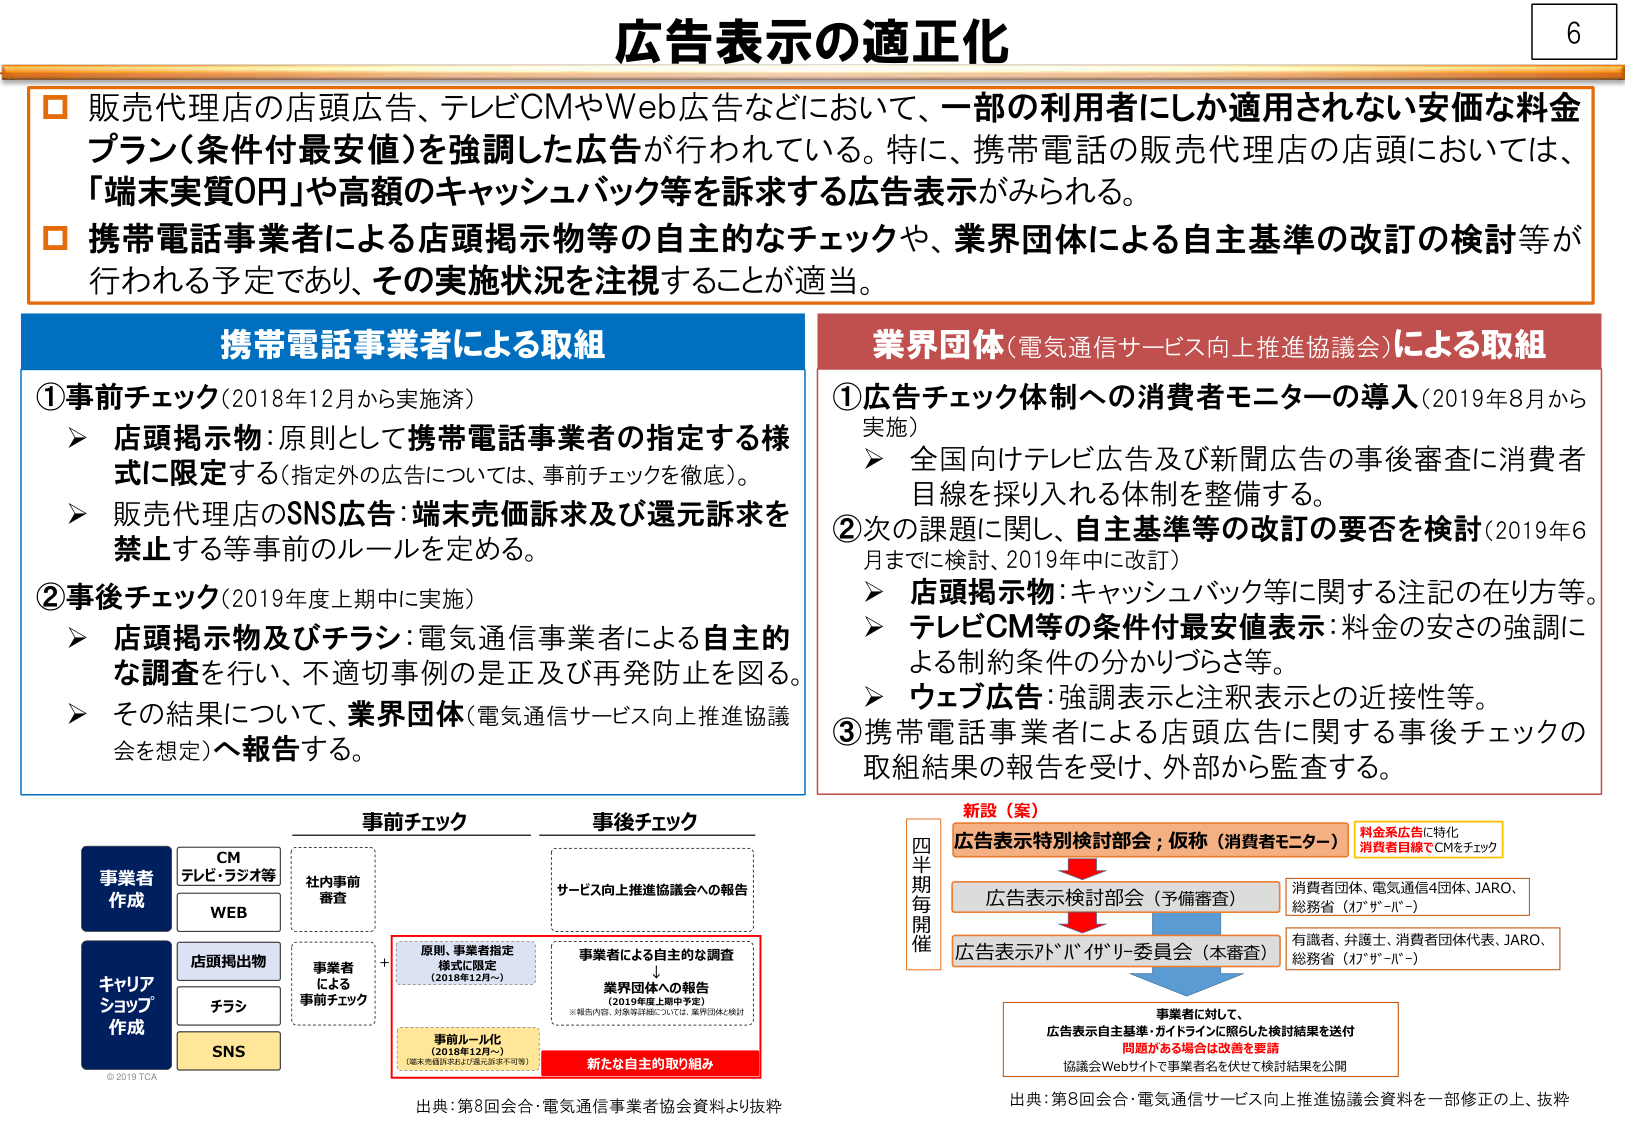
広告表示の適正化

□ 販売代理店の店頭広告、テレビCMやWeb広告などにおいて、一部の利用者にしか適用されない安価な料金プラン（条件付最安値）を強調した広告が行われている。特に、携帯電話の販売代理店の店頭においては、「端末実質0円」や高額のキャッシュバック等を訴求する広告表示がみられる。

□ 携帯電話事業者による店頭掲示物等の自主的なチェックや、業界団体による自主基準の改訂の検討等が行われる予定であり、その実施状況を注視することが適当。

携帯電話事業者による取組

①事前チェック（2018年12月から実施済）
➤ 店頭掲示物：原則として携帯電話事業者の指定する様式に限定する（指定外の広告については、事前チェックを徹底）。
➤ 販売代理店のSNS広告：端末売価訴求及び還元訴求を禁止する等事前のルールを定める。

②事後チェック（2019年度上期中に実施）
➤ 店頭掲示物及びチラシ：電気通信事業者による自主的な調査を行い、不適切事例の是正及び再発防止を図る。
➤ その結果について、業界団体（電気通信サービス向上推進協議会を想定）へ報告する。

業界団体（電気通信サービス向上推進協議会）による取組

①広告チェック体制への消費者モニターの導入（2019年8月から実施）
➤ 全国向けテレビ広告及び新聞広告の事後審査に消費者目線を採り入れる体制を整備する。

②次の課題に関し、自主基準等の改訂の要否を検討（2019年6月までに検討、2019年中に改訂）
➤ 店頭掲示物：キャッシュバック等に関する注記の在り方等。
➤ テレビCM等の条件付最安値表示：料金の安さの強調による制約条件の分かりづらさ等。
➤ ウェブ広告：強調表示と注釈表示との近接性等。

③携帯電話事業者による店頭広告に関する事後チェックの取組結果の報告を受け、外部から監査する。

事前チェック 事後チェック

事業者作成
CM
テレビ・ラジオ等
WEB

キャリアショップ作成
店頭掲出物
チラシ
SNS

社内事前審査

原則、事業者指定様式に限定（2018年12月～）

事業者による自主的な調査
業界団体への報告（2019年度上期中予定）
※報告内容、対象等詳細については、業界団体と検討

事前ルール化（2018年12月～）
（端末売価訴求及び還元訴求不可等）

新たな自主的取り組み

サービス向上推進協議会への報告

新設（案）

四半期毎開催

広告表示特別検討部会；仮称（消費者モニター）
料金系広告に特化
消費者目線でCMをチェック

広告表示検討部会（予備審査）
消費者団体、電気通信4団体、JARO、総務省（ｵﾌﾞｻﾞｰﾊﾞｰ）

広告表示ｱﾄﾞﾊﾞｲｻﾞﾘｰ委員会（本審査）
有識者、弁護士、消費者団体代表、JARO、総務省（ｵﾌﾞｻﾞｰﾊﾞｰ）

事業者に対して、
広告表示自主基準・ガイドラインに照らした検討結果を送付
問題がある場合は改善を要請
協議会Webサイトで事業者名を伏せて検討結果を公開

出典：第8回会合・電気通信事業者協会資料より抜粋

出典：第8回会合・電気通信サービス向上推進協議会資料を一部修正の上、抜粋

© 2019 TCA

6